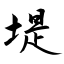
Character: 堤